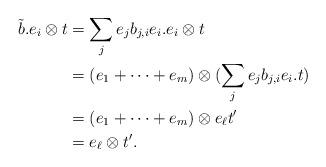
LaTeX: \begin{align*} \tilde{b}.e_i\otimes t&=\sum_{j}e_jb_{j,i}e_i.e_i\otimes t\\ &=(e_1+\dots+e_m)\otimes (\sum_{j}e_jb_{j,i}e_i.t)\\ &=(e_1+\dots+e_m)\otimes e_\ell t'\\ &=e_\ell\otimes t'. \end{align*}